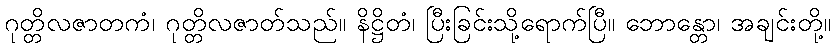
ဂုတ္တိလဇာတကံ၊ ဂုတ္တိလဇာတ်သည်။ နိဋ္ဌိတံ၊ ပြီးခြင်းသို့ရောက်ပြီ။ ဘောန္တော၊ အချင်းတို့။